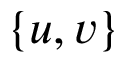
\{ u , v \}